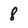
Character: 8